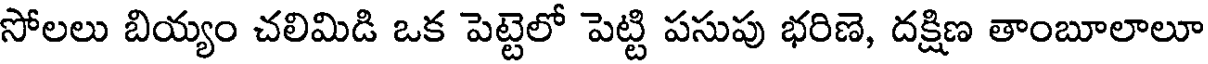
సోలలు బియ్యం చలిమిడి ఒక పెట్టెలో పెట్టి పసుపు భరిణె, దక్షిణ తాంబూలాలూ